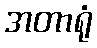
အတာရုံ